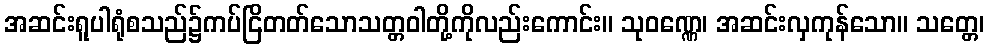
အဆင်းရူပါရုံစသည်၌ကပ်ငြိတတ်သောသတ္တဝါတို့ကိုလည်းကောင်း။ သုဝဏ္ဏေ၊ အဆင်းလှကုန်သော။ သတ္တေ၊